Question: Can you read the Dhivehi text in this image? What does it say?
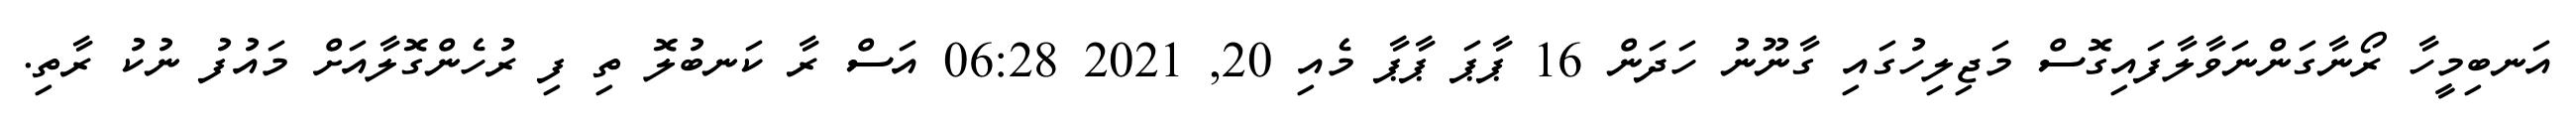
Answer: އަނބިމީހާ ރޯނާގަންނަވާލާފައިގޮސް މަޖިލިހުގައި ގާނޫނު ހަދަން 16 ޕާޕަ ޕާޕާ މެއި 20, 2021 06:28 އަސް ރާ ކަނބުލޮ ތި ފި ރުހެންގޮލާއަށް މައުފު ނުކު ރާތި.